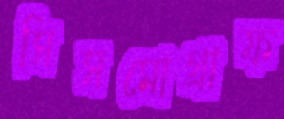
সিসমোগ্রাফ